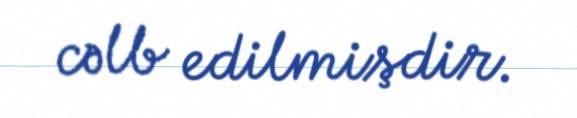
cəlb edilmişdir.